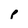
Character: p